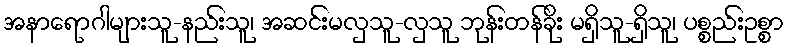
အနာရောဂါများသူ-နည်းသူ၊ အဆင်းမလှသူ-လှသူ ဘုန်းတန်ခိုး မရှိသူ-ရှိသူ၊ ပစ္စည်းဥစ္စာ